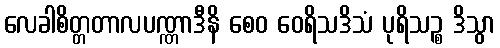
လေခါစိတ္တတာလပဏ္ဏာဒီနိ စေဝ ဝေရိသဒိသံ ပုရိသဉ္စ ဒိသွာ